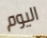
اليوم